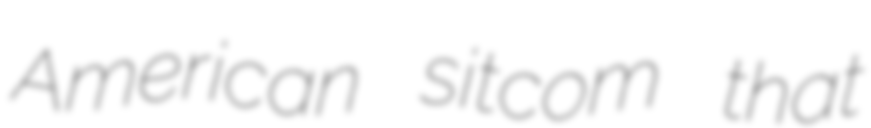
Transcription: American sitcom that